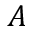
A